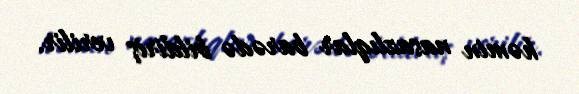
həmin nasazlıqlar barədə bildiriş verilir.